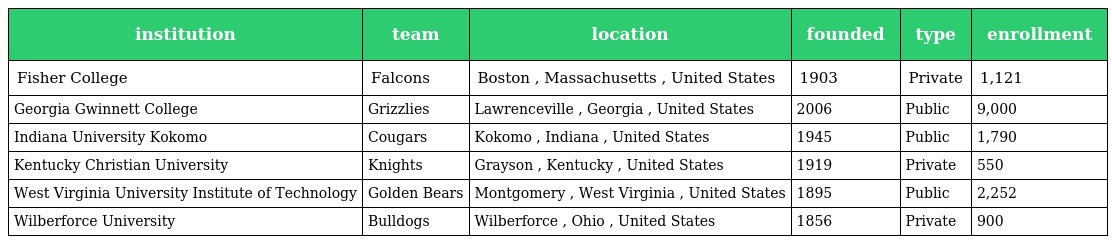
| institution | team | location | founded | type | enrollment |
 | --- | --- | --- | --- | --- | --- |
 | Fisher College | Falcons | Boston , Massachusetts , United States | 1903 | Private | 1,121 |
 | Georgia Gwinnett College | Grizzlies | Lawrenceville , Georgia , United States | 2006 | Public | 9,000 |
 | Indiana University Kokomo | Cougars | Kokomo , Indiana , United States | 1945 | Public | 1,790 |
 | Kentucky Christian University | Knights | Grayson , Kentucky , United States | 1919 | Private | 550 |
 | West Virginia University Institute of Technology | Golden Bears | Montgomery , West Virginia , United States | 1895 | Public | 2,252 |
 | Wilberforce University | Bulldogs | Wilberforce , Ohio , United States | 1856 | Private | 900 |